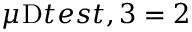
\mu _ { Ḋ } \mathrm { Ḋ } t e s t Ḍ , 3 Ḍ = 2